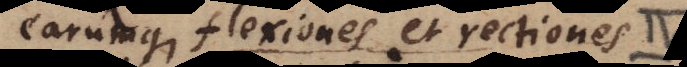
earumque flexiones et rectiones